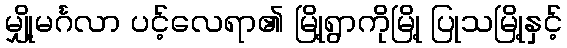
မျှို့မင်္ဂလာ ပင့်လေရာ၏ မြို့ရွာကိုမြို့ ပြုသမြို့နှင့်